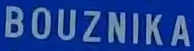
BOUZNIKA